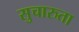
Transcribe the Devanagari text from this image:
सुचारुता